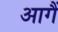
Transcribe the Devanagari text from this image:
आगैं